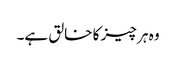
وہ ہر چیز کا خالق ہے۔